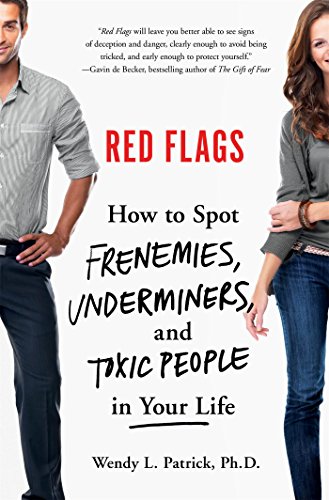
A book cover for Red Flags: How to Spot Frenemies, Underminers, and Toxic People in Your Life; Wendy L. Patrick; Self-Help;